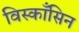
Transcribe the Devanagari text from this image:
विस्काँसिन